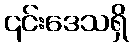
၎င်းဒေသရှိ